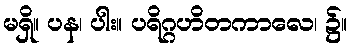
မရှိ။ ပန၊ ပါး။ ပရိဂ္ဂဟိတကာလေ၊ ၌။